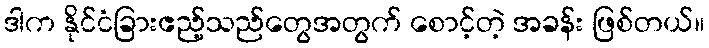
ဒါက နိုင်ငံခြားဧည့်သည်တွေအတွက် စောင့်တဲ့ အခန်း ဖြစ်တယ်။